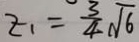
z _ { 1 } = \frac { 3 } { 4 } \sqrt { 6 }